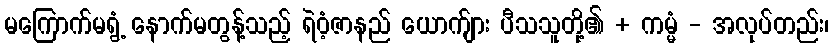
မကြောက်မရွံ့ နောက်မတွန့်သည့် ရဲဝံ့ဇာနည် ယောက်ျား ပီသသူတို့၏ + ကမ္မံ - အလုပ်တည်း၊